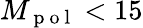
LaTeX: M_{\mathrm{~p~o~l~}}<15